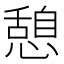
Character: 憩